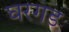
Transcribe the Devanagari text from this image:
घरगड